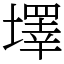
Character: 墿